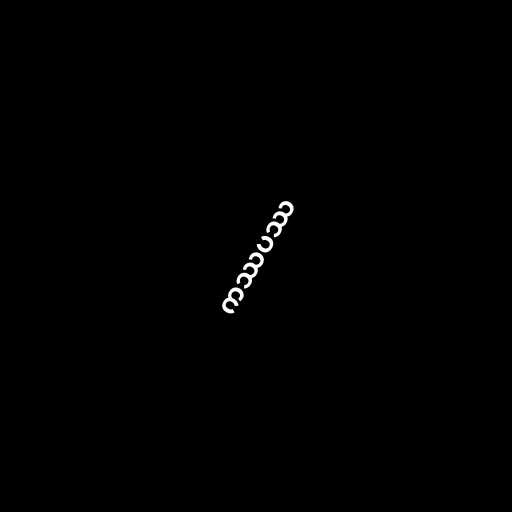
ကဿပဿ